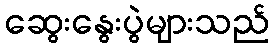
ဆွေးနွေးပွဲများသည်